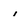
Character: i